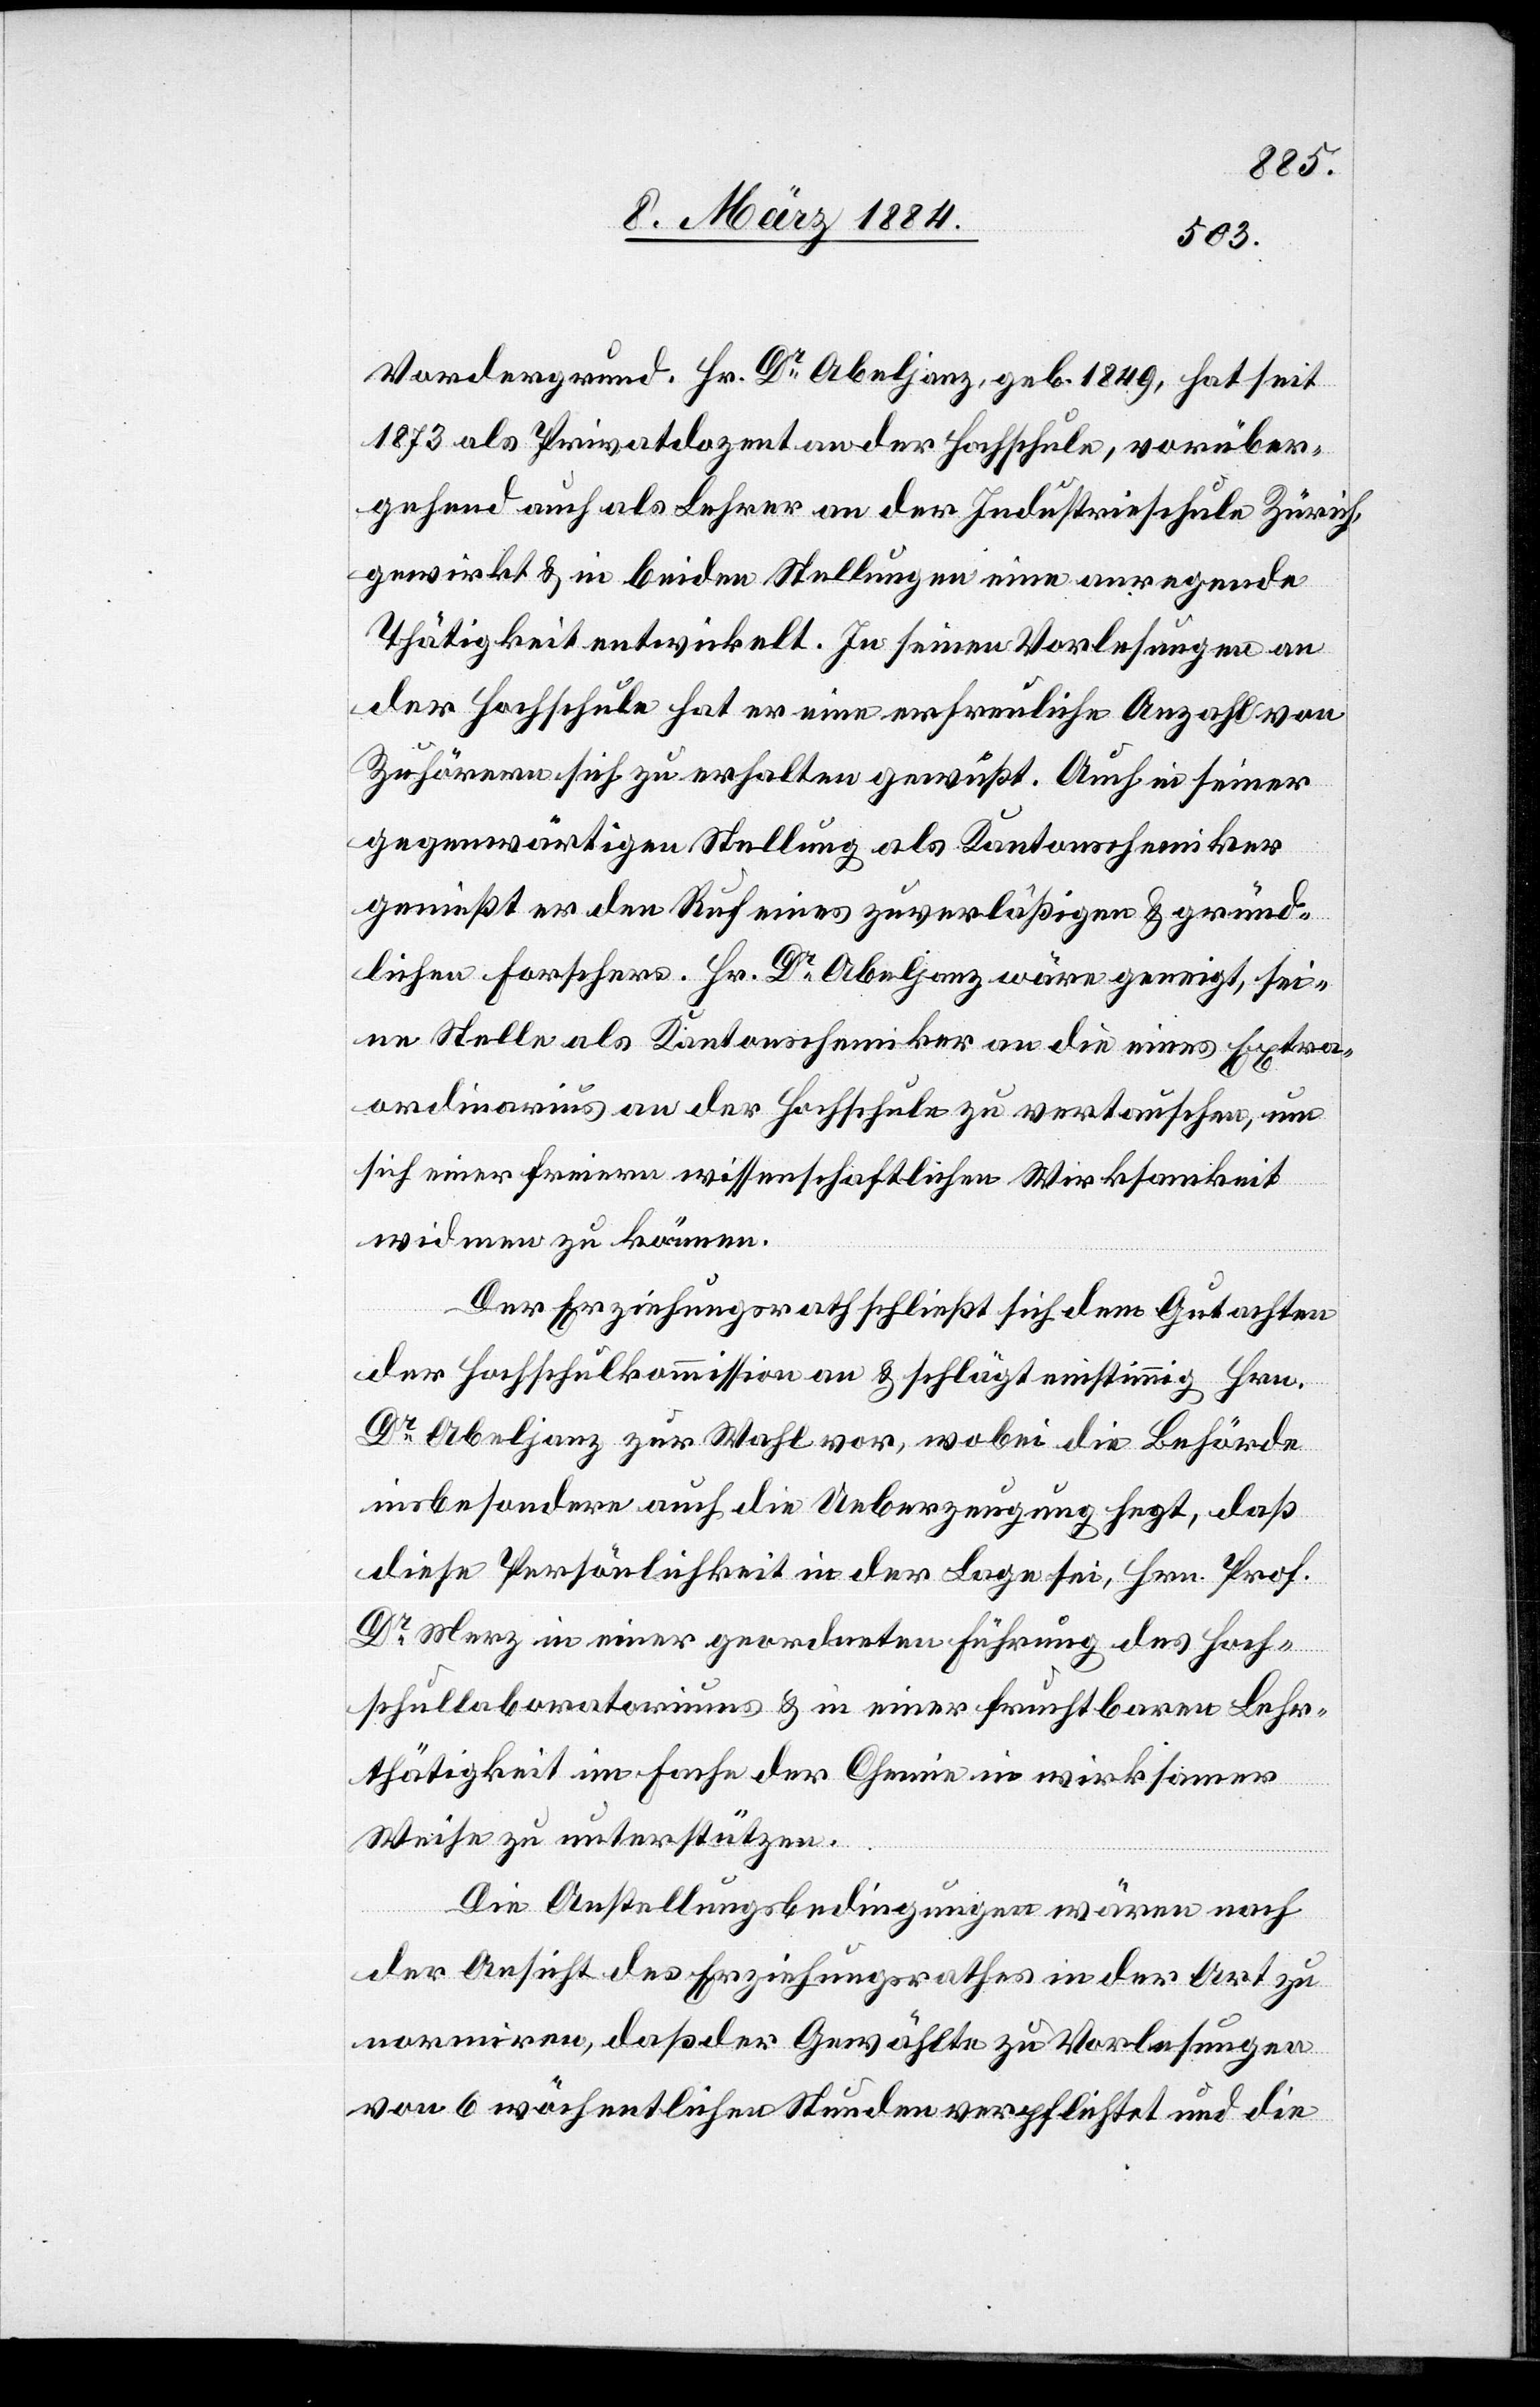
Vordergrund. Hr. Dr Abeljanz, geb. 1849, hat seit
1873 als Privatdozent an der Hochschule, vorüber¬
gehend auch als Lehrer an der Industrieschule Zürich,
gewirkt & in beiden Stellungen einen anregende
Thätigkeit entwickelt. In seinen Vorlesungen an
der Hochschule hat er eine erfreuliche Anzahl von
Zuhörern sich zu erhalten gewußt. Auch in seiner
gegenwärtigen Stellung als Kantonschemiker
genießt er den Ruf eines zuverläßigen & gründ¬
lichen Forschers. Hr. Dr Abeljanz wäre geneigt, sei¬
ne Stelle als Kantonschemiker an die eines Extra¬
ordinarius an der Hochschule zu vertauschen, um
sich einer freiern wissenschaftlichen Wirksamkeit
widmen zu können.
Der Erziehungsrath schließt sich dem Gutachten
der Hochschulkommission an & schlägt einstimmig Hrn.
Dr Abeljanz zur Wahl vor, wobei die Behörde
insbesondere auch die Ueberzeugung hegt, daß
diese Persönlichkeit in der Lage sei, Hrn. Prof.
Dr Merz in einer geordneten Führung des Hoch¬
schullaboratoriums & in einer fruchtbaren Lehr¬
thätigkeit im Fache der Chemie in wirksamer
Weise zu unterstützen.
Die Anstellungsbedingungen wären nach
der Ansicht des Erziehungsrathes in der Art zu
normiren, daß der Gewählte zu Vorlesungen
von 6 wöchentlichen Stunden verpflichtet und die